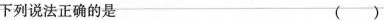
下列说法正确的是 ( )